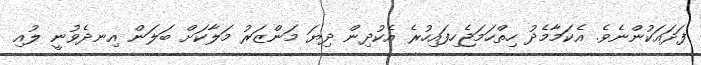
ފަދައަކުންނެވެ. އެކަމާމެދު ހިތްހަމަޖެހިފައިހުރެ އެކުދިން ދިޔަ މަންޒަރު މަލާކަށް ބަލަން އިނދެވުނީ ލުއި